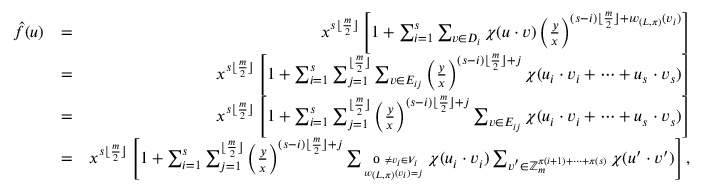
\begin{array} { r l r } { \hat { f } ( \boldsymbol { u } ) } & { = } & { x ^ { s \lfloor \frac { m } { 2 } \rfloor } \left[ 1 + \sum _ { i = 1 } ^ { s } \sum _ { \boldsymbol { v } \in D _ { i } } \chi ( \boldsymbol { u } \cdot \boldsymbol { v } ) \left( \frac { y } { x } \right) ^ { ( s - i ) \lfloor \frac { m } { 2 } \rfloor + w _ { ( L , \pi ) } ( \boldsymbol { v _ { i } } ) } \right] } \\ & { = } & { x ^ { s \lfloor \frac { m } { 2 } \rfloor } \left[ 1 + \sum _ { i = 1 } ^ { s } \sum _ { j = 1 } ^ { \lfloor \frac { m } { 2 } \rfloor } \sum _ { \boldsymbol { v } \in E _ { i j } } \left( \frac { y } { x } \right) ^ { ( s - i ) \lfloor \frac { m } { 2 } \rfloor + j } \chi ( \boldsymbol { u _ { i } } \cdot \boldsymbol { v _ { i } } + \cdots + \boldsymbol { u _ { s } } \cdot \boldsymbol { v _ { s } } ) \right] } \\ & { = } & { x ^ { s \lfloor \frac { m } { 2 } \rfloor } \left[ 1 + \sum _ { i = 1 } ^ { s } \sum _ { j = 1 } ^ { \lfloor \frac { m } { 2 } \rfloor } \left( \frac { y } { x } \right) ^ { ( s - i ) \lfloor \frac { m } { 2 } \rfloor + j } \sum _ { \boldsymbol { v } \in E _ { i j } } \chi ( \boldsymbol { u _ { i } } \cdot \boldsymbol { v _ { i } } + \cdots + \boldsymbol { u _ { s } } \cdot \boldsymbol { v _ { s } } ) \right] } \\ & { = } & { x ^ { s \lfloor \frac { m } { 2 } \rfloor } \left[ 1 + \sum _ { i = 1 } ^ { s } \sum _ { j = 1 } ^ { \lfloor \frac { m } { 2 } \rfloor } \left( \frac { y } { x } \right) ^ { ( s - i ) \lfloor \frac { m } { 2 } \rfloor + j } \sum _ { \textbf { 0 } \neq \boldsymbol { v _ { i } } \in V _ { i } \atop w _ { ( L , \pi ) } ( \boldsymbol { v _ { i } } ) = j } \chi ( \boldsymbol { u _ { i } } \cdot \boldsymbol { v _ { i } } ) \sum _ { \boldsymbol { v ^ { \prime } } \in \mathbb { Z } _ { m } ^ { \pi ( i + 1 ) + \cdots + \pi ( s ) } } \chi ( \boldsymbol { u ^ { \prime } } \cdot \boldsymbol { v ^ { \prime } } ) \right] , } \end{array}